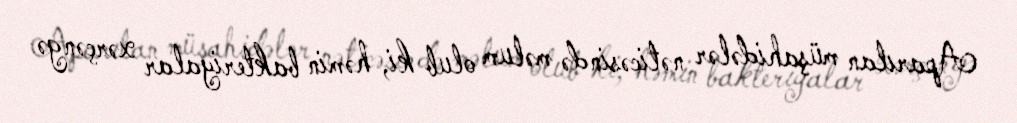
Aparılan müşahidələr nəticəsində məlum olub ki, həmin bakteriyalar xərçəngə